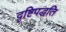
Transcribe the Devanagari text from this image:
दृष्टिपद्धति